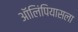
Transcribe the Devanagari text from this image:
ऑलिंपियासला